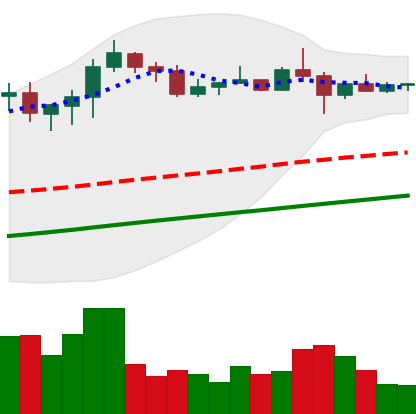
Ticker: XLM-USD
Chart end date: 2020-07-31
Forward return: 11.352%
Label: up_7plus